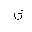
Letter: _tha